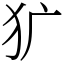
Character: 犷